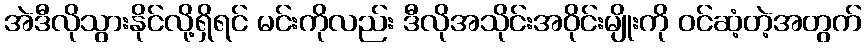
အဲဒီလိုသွားနိုင်လို့ရှိရင် မင်းကိုလည်း ဒီလိုအသိုင်းအဝိုင်းမျိုးကို ဝင်ဆံ့တဲ့အတွက်